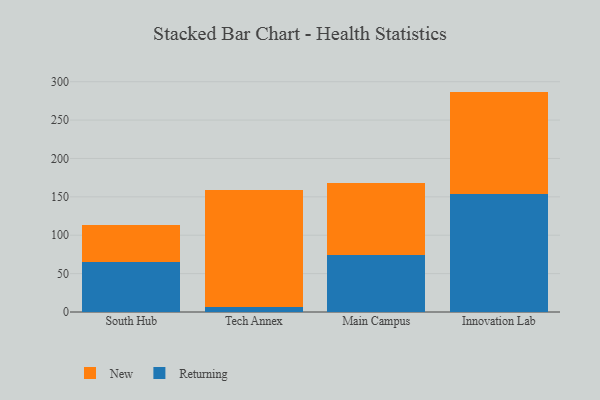
{"axis": {"x": "Campus", "y": "Churn Rate (%)"}, "legend": ["New", "Returning"], "data": [{"x": "South Hub", "y": 65.1, "type": "Returning"}, {"x": "South Hub", "y": 47.8, "type": "New"}, {"x": "Tech Annex", "y": 6.8, "type": "Returning"}, {"x": "Tech Annex", "y": 152.7, "type": "New"}, {"x": "Main Campus", "y": 73.9, "type": "Returning"}, {"x": "Main Campus", "y": 94.7, "type": "New"}, {"x": "Innovation Lab", "y": 153.9, "type": "Returning"}, {"x": "Innovation Lab", "y": 133.2, "type": "New"}]}